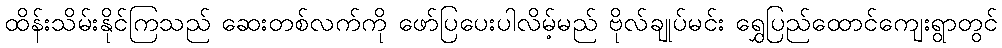
ထိန်းသိမ်းနိုင်ကြသည် ဆေးတစ်လက်ကို ဖော်ပြပေးပါလိမ့်မည် ဗိုလ်ချုပ်မင်း ရွှေပြည်ထောင်ကျေးရွာတွင်